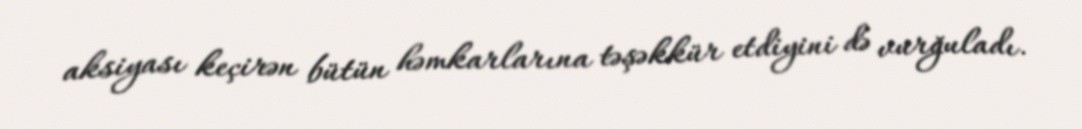
aksiyası keçirən bütün həmkarlarına təşəkkür etdiyini də vurğuladı.